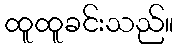
ထူထူခင်းသည်။